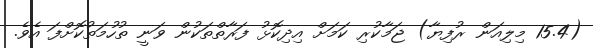
(15.4 މިލިއަން ރުފިޔާ) ޖަމާކުރި ކަމަށް އިދިކޮޅު ފަރާތްތަކުން ވަނީ ތުހުމަތުކޮށްފަ އެވެ.